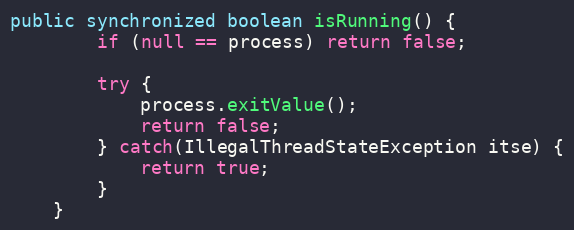
Language: Java
public synchronized boolean isRunning() {
        if (null == process) return false;

        try {
            process.exitValue();
            return false;
        } catch(IllegalThreadStateException itse) {
            return true;
        }
    }